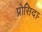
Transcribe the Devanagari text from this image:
प्रोसिदा